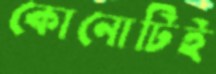
কোনোটিই